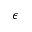
\epsilon